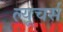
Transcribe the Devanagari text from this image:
ल्यूचर्स